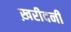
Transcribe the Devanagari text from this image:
ख़रीदनी